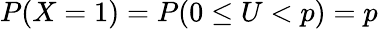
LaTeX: P(X=1)=P(0\leq U<p)=p